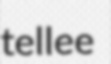
tellee